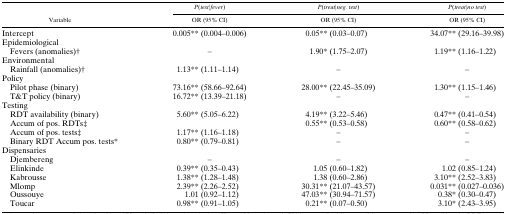
<table><thead><tr><td rowspan="2"><b>Variable</b></td><td><b><i>P</i>(<i>test</i>∣<i>fever</i>)</b></td><td><b><i>P</i>(<i>treat</i>∣<i>neg. test</i>)</b></td><td><b><i>P</i>(<i>treat</i>∣<i>no test</i>)</b></td></tr><tr><td><b>OR (95% CI)</b></td><td><b>OR (95% CI)</b></td><td><b>OR (95% CI)</b></td></tr></thead><tbody><tr><td>Intercept</td><td>0.005** (0.004–0.006)</td><td>0.05** (0.03–0.07)</td><td>34.07** (29.16–39.98)</td></tr><tr><td colspan="4">Epidemiological</td></tr><tr><td> Fevers (anomalies)†</td><td>−</td><td>1.90* (1.75–2.07)</td><td>1.19** (1.16–1.22)</td></tr><tr><td colspan="4">Environmental</td></tr><tr><td> Rainfall (anomalies)†</td><td>1.13** (1.11–1.14)</td><td>−</td><td>−</td></tr><tr><td colspan="4">Policy</td></tr><tr><td> Pilot phase (binary)</td><td>73.16** (58.66–92.64)</td><td>28.00** (22.45–35.09)</td><td>1.30** (1.15–1.46)</td></tr><tr><td> T&amp;T policy (binary)</td><td>16.72** (13.39–21.18)</td><td>−</td><td>−</td></tr><tr><td colspan="4">Testing</td></tr><tr><td> RDT availability (binary)</td><td>5.60** (5.05–6.22)</td><td>4.19** (3.22–5.46)</td><td>0.47** (0.41–0.54)</td></tr><tr><td> Accum of pos. RDTs‡</td><td></td><td>0.55** (0.53–0.58)</td><td>0.60** (0.58–0.62)</td></tr><tr><td> Accum of pos. tests‡</td><td>1.17** (1.16–1.18)</td><td>−</td><td>−</td></tr><tr><td> Binary RDT Accum pos. tests*</td><td>0.80** (0.79–0.81)</td><td>−</td><td>−</td></tr><tr><td colspan="4">Dispensaries</td></tr><tr><td> Djembereng</td><td>−</td><td>−</td><td>−</td></tr><tr><td> Elinkinde</td><td>0.39** (0.35–0.43)</td><td>1.05 (0.60–1.82)</td><td>1.02 (0.85–1.24)</td></tr><tr><td> Kabrousse</td><td>1.38** (1.28–1.48)</td><td>1.38 (0.60–2.86)</td><td>3.10** (2.52–3.83)</td></tr><tr><td> Mlomp</td><td>2.39** (2.26–2.52)</td><td>30.31** (21.07–43.57)</td><td>0.031** (0.027–0.036)</td></tr><tr><td> Oussouye</td><td>1.01 (0.92–1.12)</td><td>47.03** (30.94–71.57)</td><td>0.38* (0.30–0.47)</td></tr><tr><td> Toucar</td><td>0.98** (0.91–1.05)</td><td>0.21** (0.07–0.50)</td><td>3.10* (2.43–3.95)</td></tr></tbody></table>